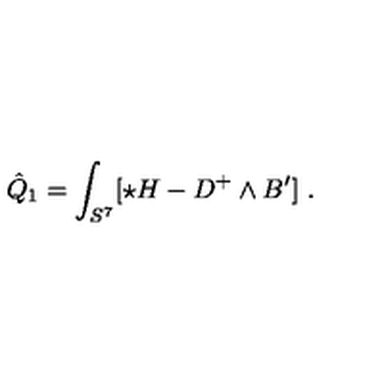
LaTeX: \hat { Q } _ { 1 } = \int _ { S ^ { 7 } } [ \star H - D ^ { + } \wedge B ^ { \prime } ] \ .